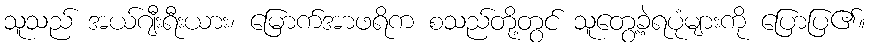
သူသည် အယ်ဂျီးရီးယား၊ မြောက်အာဖရိက စသည်တို့တွင် သူတွေ့ခဲ့ရပုံများကို ပြောပြ၏။